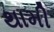
થામી